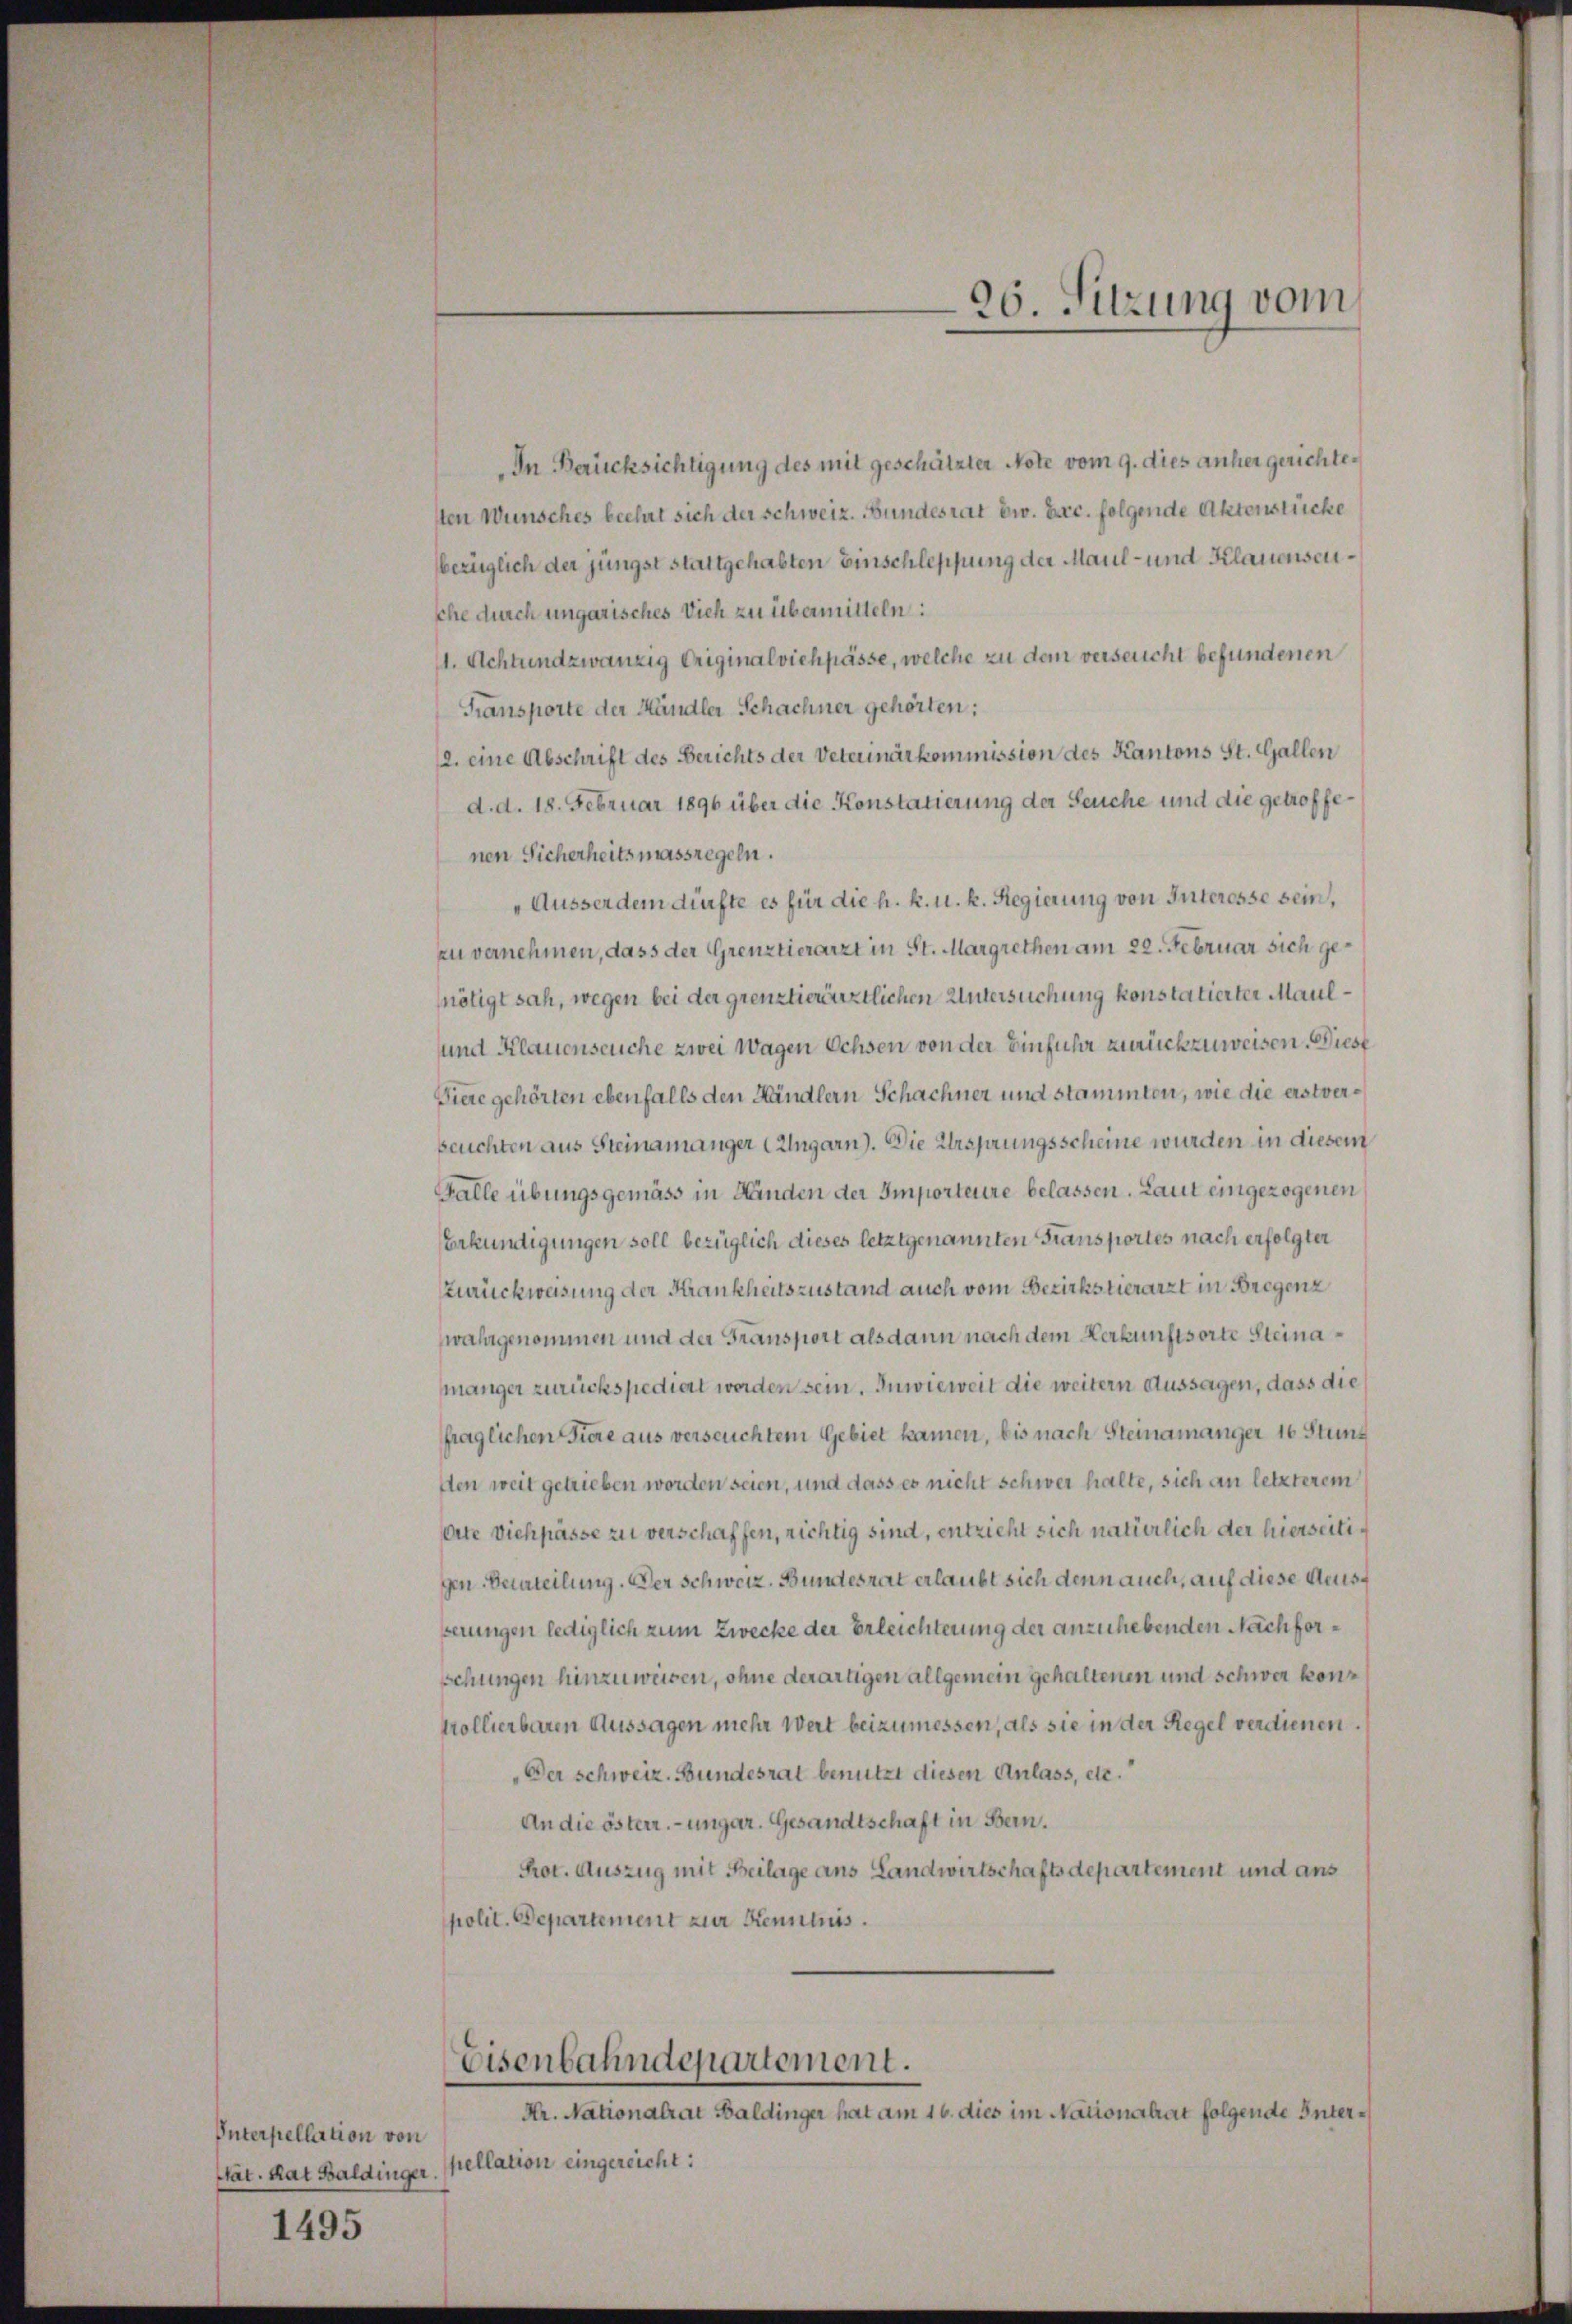
Unterpellation von
Stat. Rat Baldinger.

1495

In Berücksichtigung des mit geschätzter Note vom 9. dies anher gerichteten Wünsches beehat sich der Schweiz. Bundesrat Ew. Exc. folgende Aktenstücke
bezüglich der jüngst stattgehabten Einschleppung der Maul- und Klauensensche durch ungarisches Vieh zu übermitteln:
. Achtundzwanzig Originalviehpässe, welche zu dem verseucht befundenen
Transporte der Händler Schachner gehörten:
(2. eine Abschrift des Berichts der Veterinärkommission des Kantons St. Gallen
d. d. 18. Februar 1896 über die Konstatierung der Seuche und die getroffenen Sicherheitsmassregeln.
Ausserdem dürfte es für die h. k. u. k. Regierung von Interesse sein,
zu vernehmen, dass der Grenztierarzt in St. Margrethen am 22. Februar sich genötigt sah, wegen bei der grenztierärztlichen Untersuchung konstatierter Maul¬
und Klauenseuche zwei Wagen Ochsen von der Einführ zurückzuweisen. Diest
Viere gehörten ebenfalls den Händlern Schachner und stammten, wie die erstverbeuchten aus Steinamänger Angarn). Die Ursprungsscheine wurden in diesem
Falle übungsgemäss in Händen der Importeure belassen. Laut eingezogenen
Erkundigungen soll bezüglich dieses letztgenannten Fransportes nach erfolgter
Zurückweisung der Krankheitszustand auch vom Bezirkstierarzt in Bregenz
wahrgenommen und der Fransport alsdann nach dem Herkunftsorte Steinamänger zurückspediert werden sein. Inwieweit die weitern Aussagen, dass die
fraglichen Tiere aus verseuchtem Gebiet kamen, bis nach Steinamänger 16 Stunden weit getrieben worden seien, und dass es nicht schwer halte, sich an letzterem
dite Viehpässe zu verschaffen, richtig sind, entzieht sich natürlich der hierseitigen Beurteilung. Der Schweiz. Bundesrat erlaubt sich denn auch, auf diese Auserungen lediglich zum Zwecke der Erleichterung der anzuhebenden Nachforsehungen hinzuweisen, ohne derartigen allgemein gehaltenen und schwer kontrollierbaren Aussagen mehr Weit beizumessen, als sie in der Regel verdienen.
„Der Schweiz. Bundesrat benutzt diesen Anlass, etc.
An die österr.-ungar. Gesandtschaft in Bern.
Prot. Auszug mit Beilage ans Landwirtschaftsdepartement und aus
polit. Departement zur Kenntnis.

Eisenbahndepartement.
Hr. Nationalrat Baldinger hat am 16. dies im Nationalrat folgende Inter¬

pellation eingereicht:

26. Sitzung vom